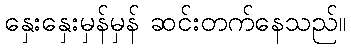
နှေးနှေးမှန်မှန် ဆင်းတက်နေသည်။